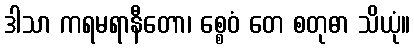
ဒါသာ ကရမရာနီတော၊ စ္စေဝံ တေ စတုဓာ သိယုံ။